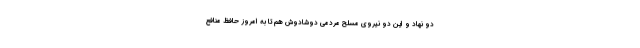
دو نهاد و این دو نیروی مسلح مردمی دوشادوش هم تا به امروز حافظ منافع